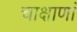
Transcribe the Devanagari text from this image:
चाक्षाणां